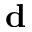
\mathbf { d }